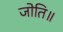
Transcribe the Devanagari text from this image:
जोति॥